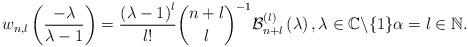
LaTeX: \begin{align*}w_{n,l}\left( \frac{-\lambda}{\lambda-1}\right) =\frac{\left(\lambda-1\right) ^{l}}{l!}\binom{n+l}{l}^{-1}\mathcal{B}_{n+l}^{\left(l\right) }\left( \lambda\right) ,\lambda\in\mathbb{C}\backslash\{1\}\alpha=l\in\mathbb{N}. \end{align*}